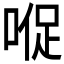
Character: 𱓠